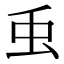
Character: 䖝